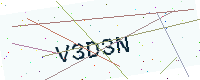
Text: V3D3N